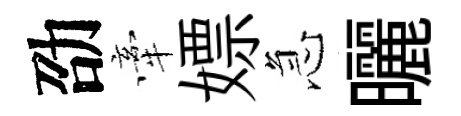
劭牽嫖急曬